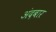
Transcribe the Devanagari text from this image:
अंदबार